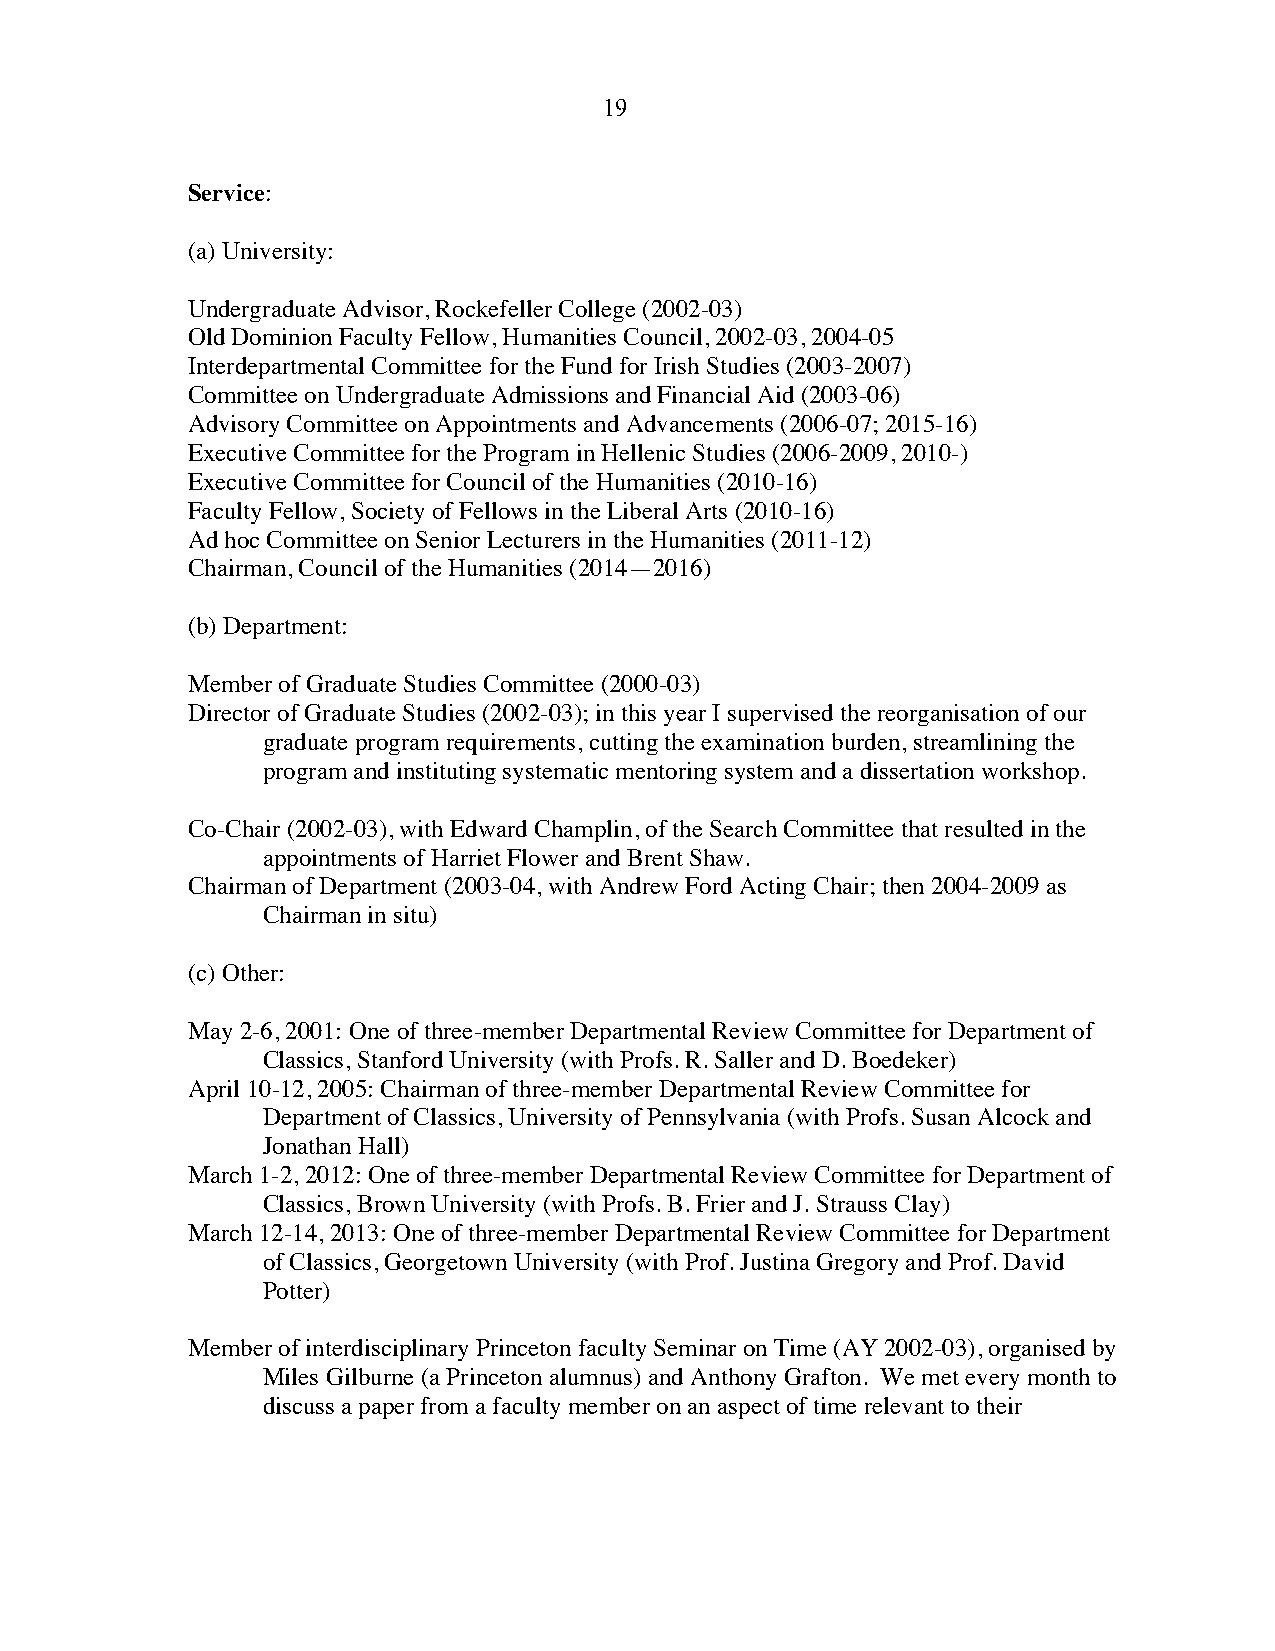
19
 Service:
 (a) University:
 Undergraduate Advisor, Rockefeller College (2002-03)
 Old Dominion Faculty Fellow, Humanities Council, 2002-03, 2004-05
 Interdepartmental Committee for the Fund for Irish Studies (2003-2007)
 Committee on Undergraduate Admissions and Financial Aid (2003-06)
 Advisory Committee on Appointments and Advancements (2006-07; 2015-16)
 Executive Committee for the Program in Hellenic Studies (2006-2009, 2010-)
 Executive Committee for Council of the Humanities (2010-16)
 Faculty Fellow, Society of Fellows in the Liberal Arts (2010-16)
 Ad hoc Committee on Senior Lecturers in the Humanities (2011-12)
 Chairman, Council of the Humanities (2014—2016)
 (b) Department:
 Member of Graduate Studies Committee (2000-03)
 Director of Graduate Studies (2002-03); in this year I supervised the reorganisation of our
 graduate program requirements, cutting the examination burden, streamlining the
 program and instituting systematic mentoring system and a dissertation workshop.
 Co-Chair (2002-03), with Edward Champlin, of the Search Committee that resulted in the
 appointments of Harriet Flower and Brent Shaw.
 Chairman of Department (2003-04, with Andrew Ford Acting Chair; then 2004-2009 as
 Chairman in situ)
 (c) Other:
 May 2-6, 2001: One of three-member Departmental Review Committee for Department of
 Classics, Stanford University (with Profs. R. Saller and D. Boedeker)
 April 10-12, 2005: Chairman of three-member Departmental Review Committee for
 Department of Classics, University of Pennsylvania (with Profs. Susan Alcock and
 Jonathan Hall)
 March 1-2, 2012: One of three-member Departmental Review Committee for Department of
 Classics, Brown University (with Profs. B. Frier and J. Strauss Clay)
 March 12-14, 2013: One of three-member Departmental Review Committee for Department
 of Classics, Georgetown University (with Prof. Justina Gregory and Prof. David
 Potter)
 Member of interdisciplinary Princeton faculty Seminar on Time (AY 2002-03), organised by
 Miles Gilburne (a Princeton alumnus) and Anthony Grafton. We met every month to
 discuss a paper from a faculty member on an aspect of time relevant to their